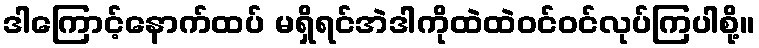
ဒါကြောင့်နောက်ထပ် မရှိရင်အဲဒါကိုထဲထဲဝင်ဝင်လုပ်ကြပါစို့။